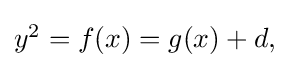
{\textstyle y^{2}=f(x)=g(x)+d,}